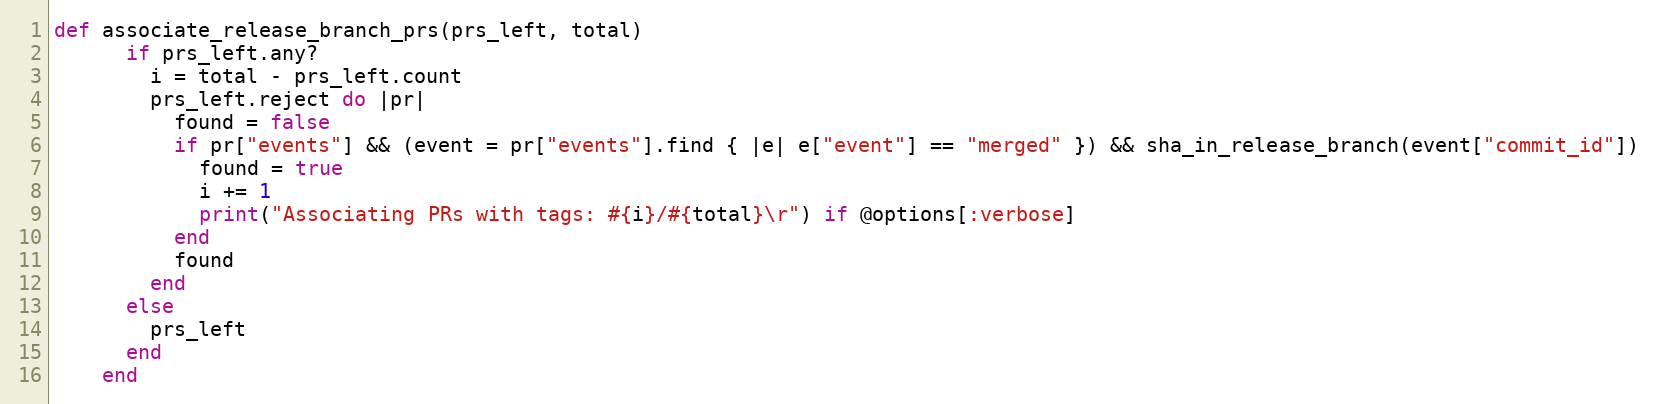
Language: Ruby
def associate_release_branch_prs(prs_left, total)
      if prs_left.any?
        i = total - prs_left.count
        prs_left.reject do |pr|
          found = false
          if pr["events"] && (event = pr["events"].find { |e| e["event"] == "merged" }) && sha_in_release_branch(event["commit_id"])
            found = true
            i += 1
            print("Associating PRs with tags: #{i}/#{total}\r") if @options[:verbose]
          end
          found
        end
      else
        prs_left
      end
    end